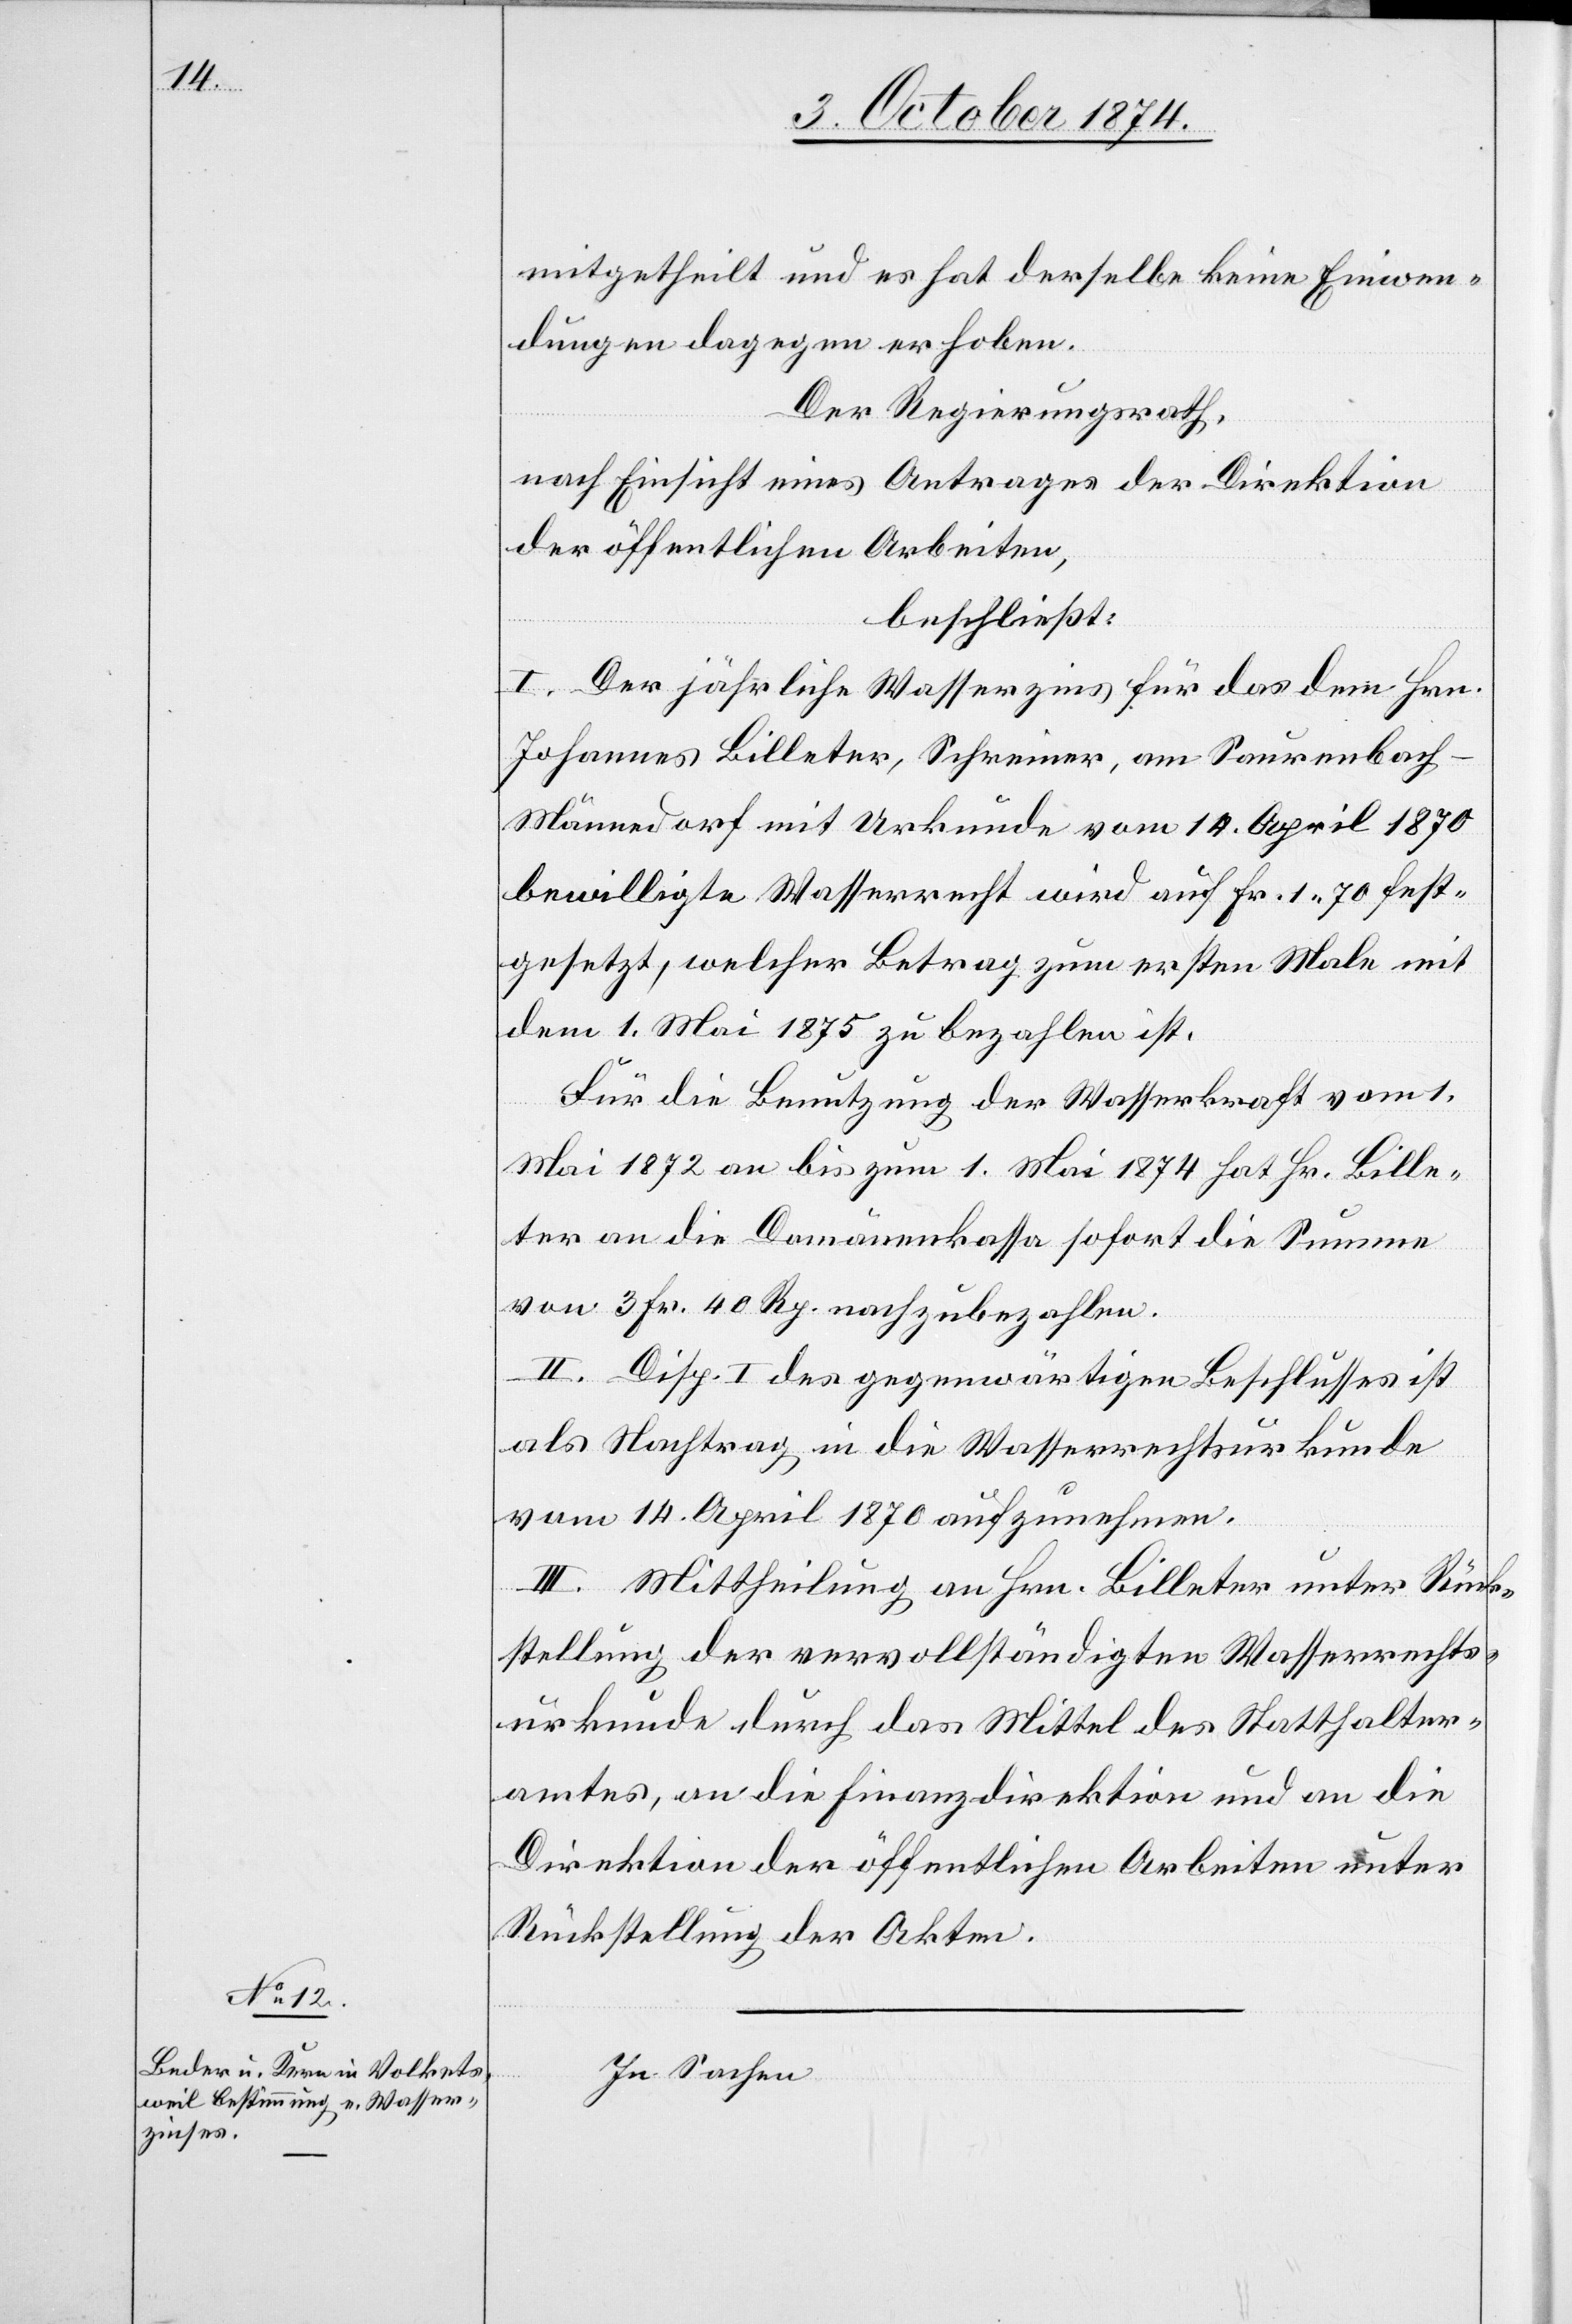
mitgetheilt und es hat derselbe keine Einwen¬
dungen dagegen erhoben.
Der Regierungsrath,
nach Einsicht eines Antrages der Direktion
der öffentlichen Arbeiten,
beschließt:
I. Der jährliche Wasserzins für das dem Hrn.
Johannes Billeter, Schreiner, am Saurenbach-M¬
ännedorf mit Urkunde vom 14. April 1870
bewilligte Wasserrecht wird auf Fr. 1.70 fest¬
gesetzt, welcher Betrag zum ersten Male mit
dem 1. Mai 1875 zu bezahlen ist.
Für die Benutzung der Wasserkraft vom 1.
Mai 1872 an bis zum 1. Mai 1874 hat Hr. Bille¬
ter an die Domänenkasse sofort die Summe
von 3 Fr. 40 Rp. nachzubezahlen.
II. Disp. I des gegenwärtigen Beschlusses ist
als Nachtrag in die Wasserrechtsurkunde
vom 14. April 1870 aufzunehmen.
III. Mittheilung an Hrn. Billeter unter Rück¬
stellung der vervollständigten Wasserrechts¬
urkunde durch das Mittel des Statthalter¬
amtes, an die Finanzdirektion und an die
Direktion der öffentlichen Arbeiten unter
Rückstellung der Akten.
In Sachen